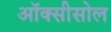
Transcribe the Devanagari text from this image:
ऑक्सीसोल